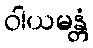
ဝါယမန္တံ